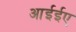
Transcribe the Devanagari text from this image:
आईईए